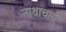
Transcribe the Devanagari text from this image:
नाथाचार्य